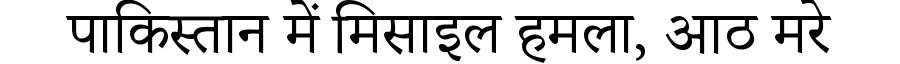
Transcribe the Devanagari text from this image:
पाकिस्तान में मिसाइल हमला, आठ मरे